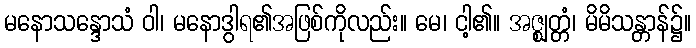
မနောသန္ဒောသံ ဝါ၊ မနောဒွါရ၏အဖြစ်ကိုလည်း။ မေ၊ ငါ့၏။ အဇ္ဈတ္တံ၊ မိမိသန္တာန်၌။